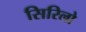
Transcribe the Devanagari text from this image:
सिरिलो